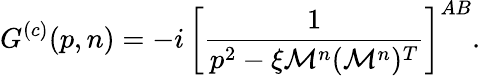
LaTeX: G^{(c)}(p,n)=-i\, \left[\frac{1}{p^{2}-\xi\mathcal{M}^{n}(\mathcal{M}^{n})^{T}}\right]^{AB}.